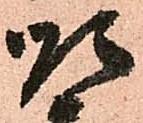
順